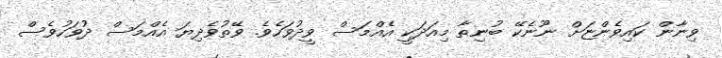
ވިނާން ކައިވެންޏަށް ނޫނެކޭ ބުނިތާ މިއަދަކީ އެއްމަސް ވީދުވަހެވެ. ވޭތުވެދިޔަ އެއްމަސް ދުވަހުވެސް